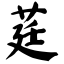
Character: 莛